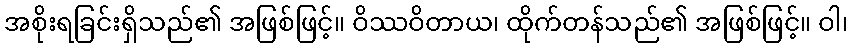
အစိုးရခြင်းရှိသည်၏ အဖြစ်ဖြင့်။ ဝိဿဝိတာယ၊ ထိုက်တန်သည်၏ အဖြစ်ဖြင့်။ ဝါ၊